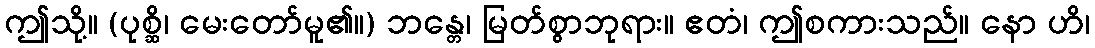
ဤသို့။ (ပုစ္ဆိ၊ မေးတော်မူ၏။) ဘန္တေ၊ မြတ်စွာဘုရား။ ဧတံ၊ ဤစကားသည်။ နော ဟိ၊